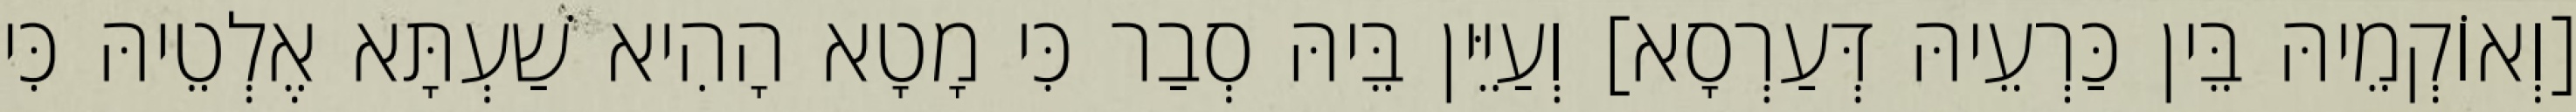
[וְאוֹקְמֵיהּ בֵּין כַּרְעֵיהּ דְּעַרְסָא] וְעַיֵּין בֵּיהּ סְבַר כִּי מָטָא הָהִיא שַׁעְתָּא אֶלְטֵיהּ כִּי